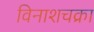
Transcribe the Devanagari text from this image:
विनाशचक्रा